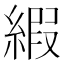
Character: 縀